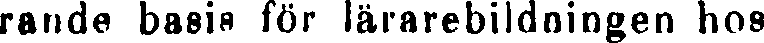
rande basis för lärarebildningen hos